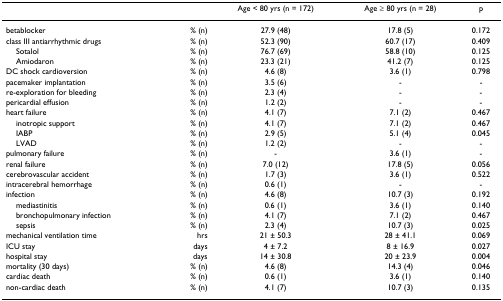
|  |  | Age < 80 yrs (n = 172) | Age ≥ 80 yrs (n = 28) | p |
 | --- | --- | --- | --- | --- |
 | betablocker | % (n) | 27.9 (48) | 17.8 (5) | 0.172 |
 | class III antiarrhythmic drugs | % (n) | 52.3 (90) | 60.7 (17) | 0.409 |
 | Sotalol | % (n) | 76.7 (69) | 58.8 (10) | 0.125 |
 | Amiodaron | % (n) | 23.3 (21) | 41.2 (7) | 0.125 |
 | DC shock cardioversion | % (n) | 4.6 (8) | 3.6 (1) | 0.798 |
 | pacemaker implantation | % (n) | 3.5 (6) | - | - |
 | re-exploration for bleeding | % (n) | 2.3 (4) | - | - |
 | pericardial effusion | % (n) | 1.2 (2) | - | - |
 | heart failure | % (n) | 4.1 (7) | 7.1 (2) | 0.467 |
 | inotropic support | % (n) | 4.1 (7) | 7.1 (2) | 0.467 |
 | IABP | % (n) | 2.9 (5) | 5.1 (4) | 0.045 |
 | LVAD | % (n) | 1.2 (2) | - | - |
 | pulmonary failure | % (n) | - | 3.6 (1) | - |
 | renal failure | % (n) | 7.0 (12) | 17.8 (5) | 0.056 |
 | cerebrovascular accident | % (n) | 1.7 (3) | 3.6 (1) | 0.522 |
 | intracerebral hemorrhage | % (n) | 0.6 (1) | - | - |
 | infection | % (n) | 4.6 (8) | 10.7 (3) | 0.192 |
 | mediastinitis | % (n) | 0.6 (1) | 3.6 (1) | 0.140 |
 | bronchopulmonary infection | % (n) | 4.1 (7) | 7.1 (2) | 0.467 |
 | sepsis | % (n) | 2.3 (4) | 10.7 (3) | 0.025 |
 | mechanical ventilation time | hrs | 21 ± 50.3 | 28 ± 41.1 | 0.069 |
 | ICU stay | days | 4 ± 7.2 | 8 ± 16.9 | 0.027 |
 | hospital stay | days | 14 ± 30.8 | 20 ± 23.9 | 0.004 |
 | mortality (30 days) | % (n) | 4.6 (8) | 14.3 (4) | 0.046 |
 | cardiac death | % (n) | 0.6 (1) | 3.6 (1) | 0.140 |
 | non-cardiac death | % (n) | 4.1 (7) | 10.7 (3) | 0.135 |